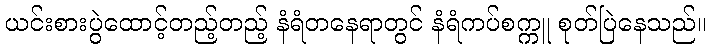
ယင်းစားပွဲထောင့်တည့်တည့် နံရံတနေရာတွင် နံရံကပ်စက္ကူ စုတ်ပြဲနေသည်။